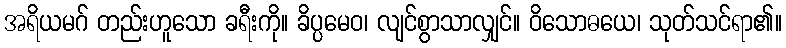
အရိယမဂ် တည်းဟူသော ခရီးကို။ ခိပ္ပမေဝ၊ လျင်စွာသာလျှင်။ ဝိသောဓယေ၊ သုတ်သင်ရာ၏။